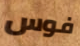
فوس